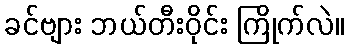
ခင်ဗျား ဘယ်တီးဝိုင်း ကြိုက်လဲ။